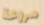
مروعة